Vaccination in the Punjab 1897-1904 - 1897-1904
Year: 1897
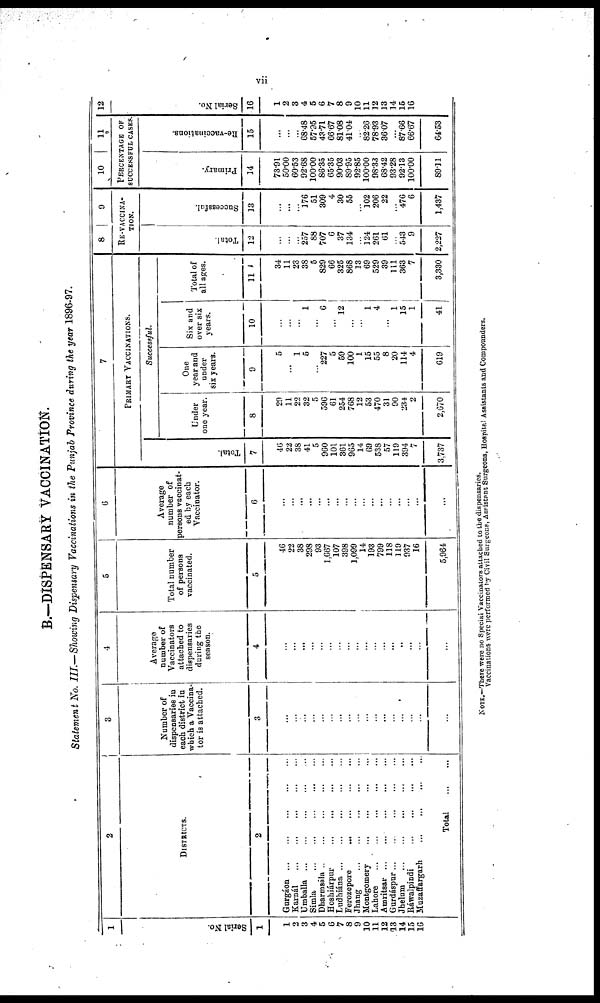
B.—DISPENSARY VACCINATION.
Statement No. III.—Showing Dispensary Vaccinations in the Punjab Province during the year 1896-97.
1
Serial No.
1
1
2
3
4
5
6
7
8
9
10
11
12
13
14
15
16
2
DISTRICTS.
2
Gurgáon
...
...
...
...
...
Karnál
...
...
...
...
...
Umballa
...
...
...
...
...
Simla
...
...
...
...
...
Dharmsála
...
...
...
...
...
Hoshiárpur
...
...
...
...
...
Ludhiána
...
...
...
...
...
Ferozepore
...
...
...
...
...
Jhang
...
...
...
...
...
Montgomery
...
...
...
...
...
Lahore
...
...
...
...
...
Amritsar ... ... ... ... ...
Gurdáspur
...
...
...
...
...
Jhelum
...
...
...
...
...
Ráwalpindi
...
...
...
...
...
Muzaffargarh
...
...
...
...
...
Total
...
...
3
Number of
dispensaries in
each district in
which a Vaccina-
tor is attached.
3
...
...
...
...
...
...
...
...
...
...
...
...
...
...
...
...
...
4
Average
number of
Vaccinators
attached to
dispensaries
during the
season.
4
...
...
...
...
...
...
...
...
...
...
...
...
...
...
...
...
...
5
Total number
of persons
vaccinated.
5
46
22
38
298
93
1,667
107
398
1,099
14
193
799
118
119
937
16
5,964
6
Average
number of
persons vaccinat-
ed by each
Vaccinator.
6
...
...
...
...
...
...
...
...
...
...
...
...
...
...
...
...
...
7
PRIMARY VACCINATIONS.
Total.
7
46
22
38
41
5
960
101
361
965
14
69
538
57
119
394
7
3,737
Successful.
Under
one year.
8
29
11
22
32
5
596
61
254
768
12
53
470
31
90
234
2
2,670
One
year and
under
six years.
9
5
...
1
5
...
227
5
59
100
1
15
55
8
20
114
4
619
Six and
over six
years.
10
...
...
...
1
...
6
...
12
...
...
1
4
...
1
15
1
41
Total of
all ages.
11
34
11
23
38
5
829
66
325
868
13
69
529
39
111
363
7
3,330
8
9
RE-VACCINA-
-----
Total.
12
...
...
...
257
88
707
6
37
134
...
124
261
61
...
543
9
2,227
Successful.
13
...
...
...
176
51
309
4
30
55
...
102
206
22
...
476
6
1,437
10
11
PERCENTAGE OF
SUCCESSFUL CASES)
Primary.
14
73.91
50.00
60.53
92.68
100.00
86.35
65.35
90.03
89.95
92.85
100.00
98.33
68.42
93.28
92.13
100.00
89.11
Re-vaccinations.
15
...
...
...
68.48
57.95
43.71
66.67
81.08
41.04
...
82.26
78.93
36.07
...
87.66
66.67
64.53
12
Serial No.
16
1
2
3
4
5
6
7
8
9
10
11
12
13
14
15
16
NOTE.—There were no Special Vaccinators attached to the dispensaries.
Vaccinations were performed by Civil Surgeons, Assistant Surgeons, Hospital Assistants and Compounders.
vii